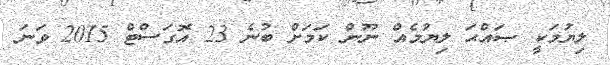
ލިޔުމަކީ ޞައްޙަ ލިޔުމެއް ނޫން ކަމަށް ބުނެ 23 އޮގަސްޓް 2015 ވަނަ